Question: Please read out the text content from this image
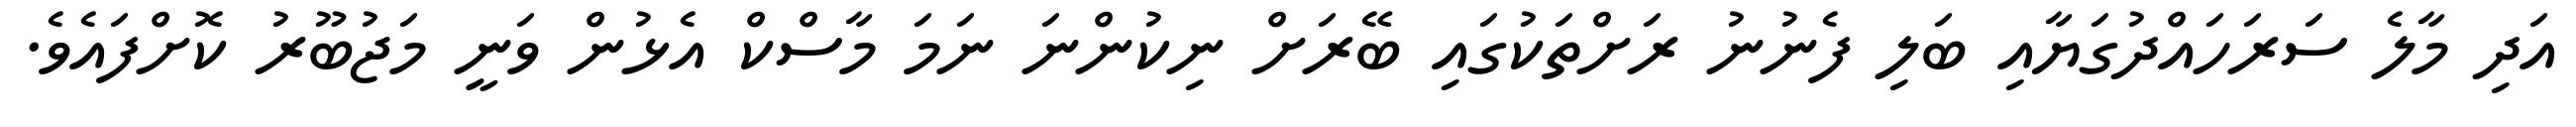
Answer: އަދި މާލެ ސަރަހައްދުގަޔާއި ބަލި ފެނުނު ރަށްތަކުގައި ބޭރަށް ނިކުންނަ ނަމަ މާސްކް އެޅުން ވަނީ މަޖުބޫރު ކޮށްފައެވެ.